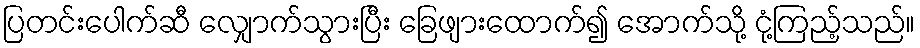
ပြတင်းပေါက်ဆီ လျှောက်သွားပြီး ခြေဖျားထောက်၍ အောက်သို့ ငုံ့ကြည့်သည်။